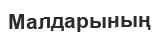
Малдарының